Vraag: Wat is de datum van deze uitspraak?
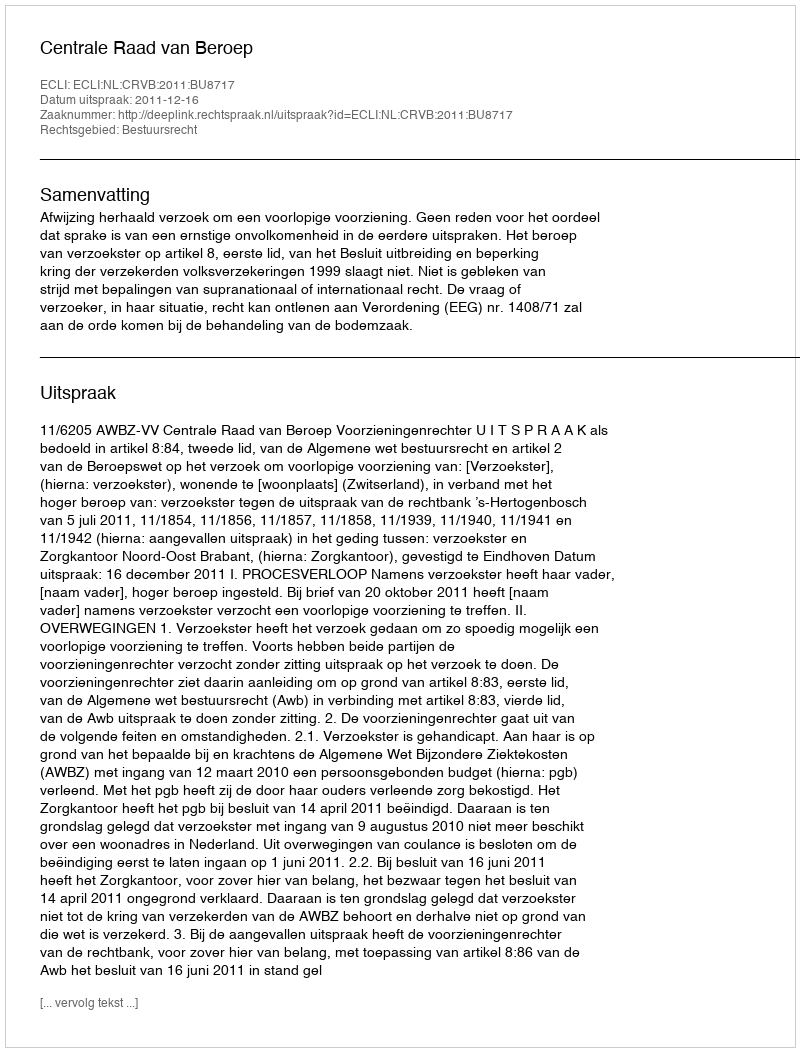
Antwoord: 2011-12-16